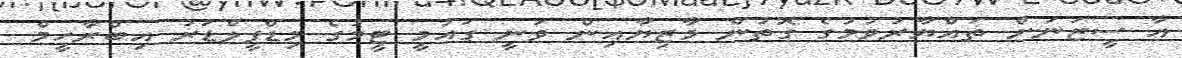
އާ ސީޒަނަށް ތައްޔާރުވުމުގެ ގޮތުން މާޒިޔާއިން ވަނީ ގައުމީ ޓީމުގެ މިޑްފީލްޑަރު އިބްރާހީމް